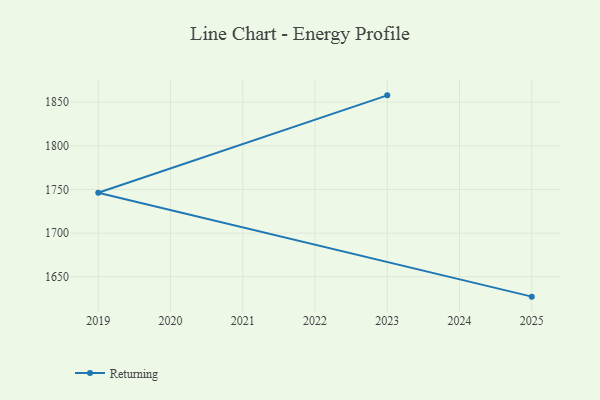
{"axis": {"x": "Year", "y": "Shipments"}, "legend": ["Returning"], "data": [{"x": "2023", "y": 1857.8, "type": "Returning"}, {"x": "2019", "y": 1746.2, "type": "Returning"}, {"x": "2025", "y": 1627.2, "type": "Returning"}]}